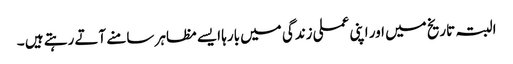
البتہ تاریخ میں اور اپنی عملی زندگی میں بارہا ایسے مظاہر سامنے آتے رہتے ہیں ۔